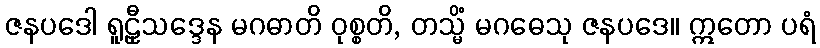
ဇနပဒေါ ရူဠှီသဒ္ဒေန မဂဓာတိ ဝုစ္စတိ, တသ္မိံ မဂဓေသု ဇနပဒေ။ ဣတော ပရံ